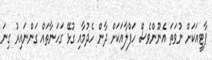
ޕާޓީއަކަށް ނުވަތަ އެނޫންވެސް ހަފްލާއަކަށް ދާން ހެދުމާއި ގުޅޭ ގަހަނާތައް ގަންނައިރު ގިނަ